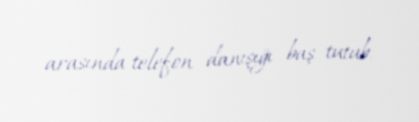
arasında telefon danışığı baş tutub.